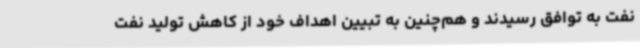
نفت به توافق رسیدند و هم‌چنین به تبیین اهداف خود از کاهش تولید نفت